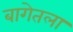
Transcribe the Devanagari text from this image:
बागेतला